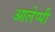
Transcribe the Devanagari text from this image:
आलेप्पी